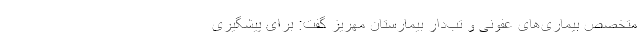
متخصص بیماری‌های عفونی و تب‌دار بیمارستان مهریز گفت: برای پیشگیری